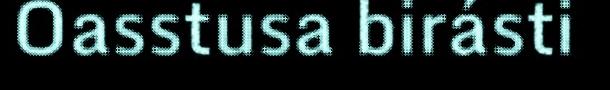
Oasstusa birásti